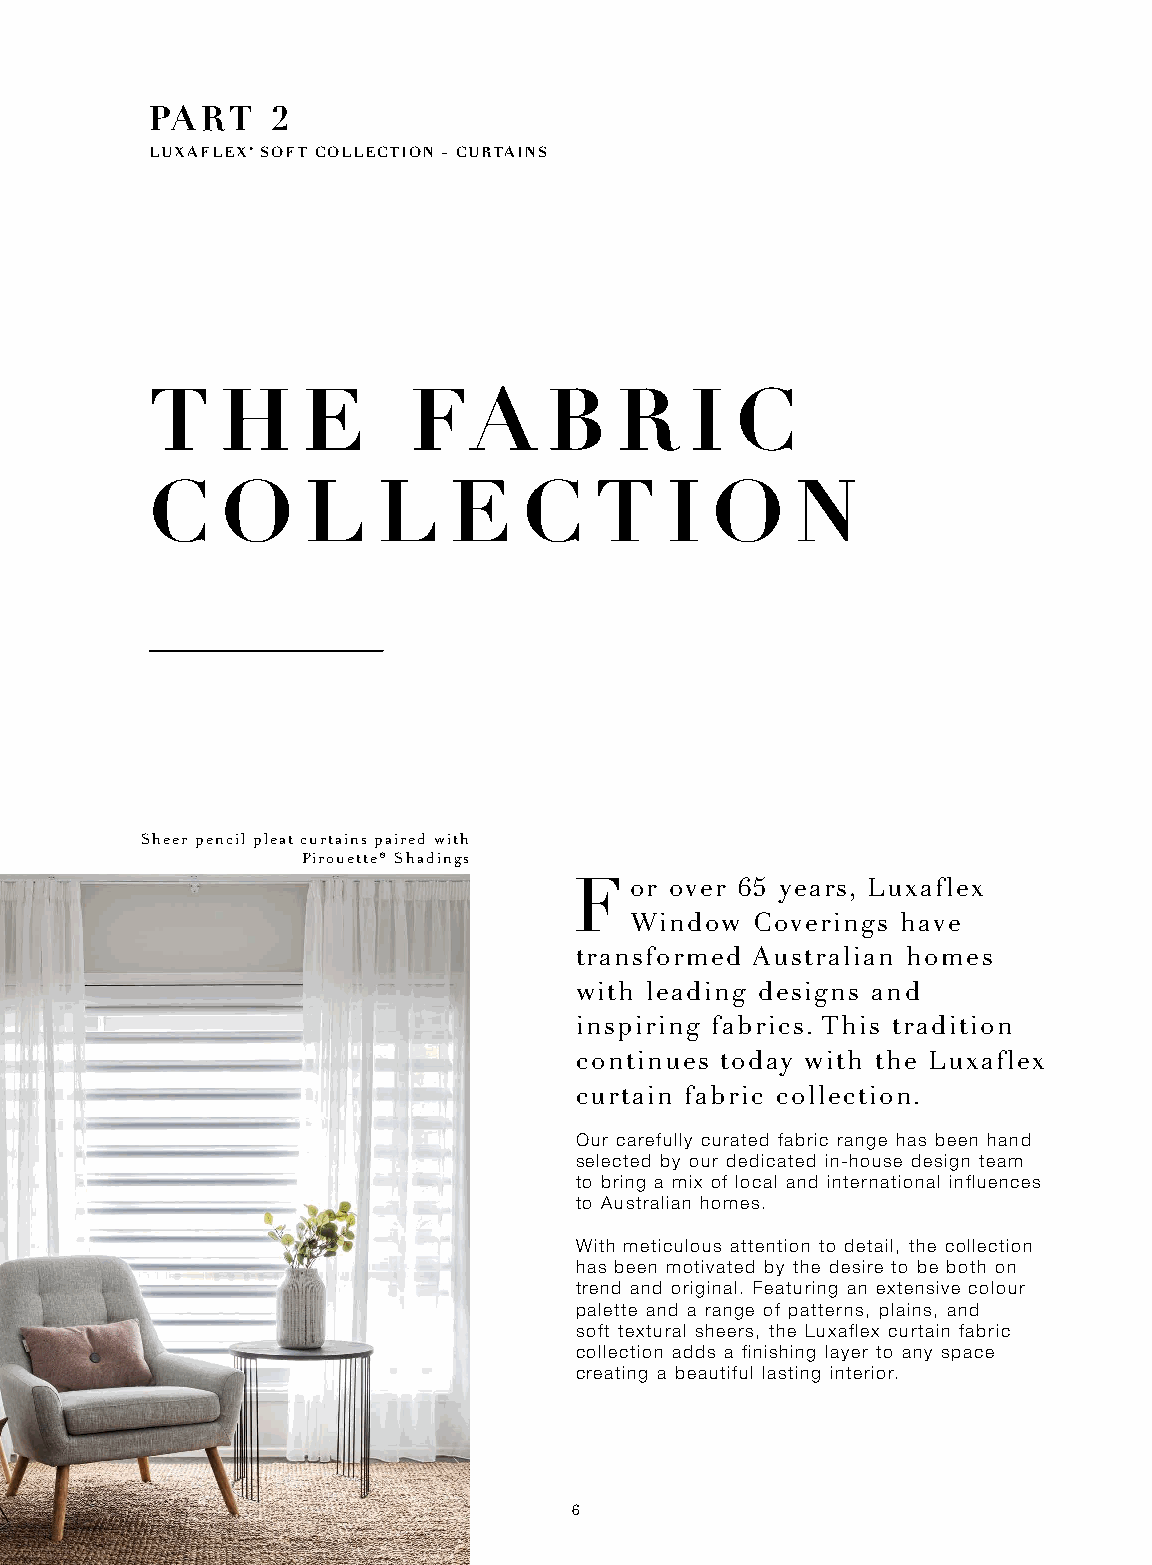
PART    2
 LUXAFLEX® SOFT COLLECTION – CURTAINS
 T    H    E      FA       B    R    I  C
 C    O    L    L    E    C   T    I  O     N
 Sheer pencil pleat curtains paired with
 Pirouette® Shadings
 F   or over 65 years, Luxaflex
 Window  Coverings have
 transformed Australian homes
 with leading designs and
 inspiring fabrics. This tradition
 continues today with the Luxaflex
 curtain fabric collection.
 Our carefully curated fabric range has been hand
 selected by our dedicated in-house design team
 to bring a mix of local and international influences
 to Australian homes.
 With meticulous attention to detail, the collection
 has been motivated by the desire to be both on
 trend and original. Featuring an extensive colour
 palette and a range of patterns, plains, and
 soft textural sheers, the Luxaflex curtain fabric
 collection adds a finishing layer to any space
 creating a beautiful lasting interior.
 6